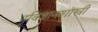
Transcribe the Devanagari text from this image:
नृविज्ञानशास्त्री